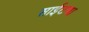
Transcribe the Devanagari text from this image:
साईटचा